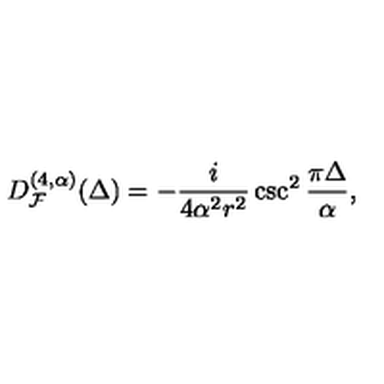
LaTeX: D _ { { \cal F } } ^ { ( 4 , \alpha ) } ( \Delta ) = - \frac { i } { 4 \alpha ^ { 2 } r ^ { 2 } } \csc ^ { 2 } \frac { \pi \Delta } { \alpha } ,